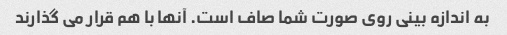
به اندازه بینی روی صورت شما صاف است. آنها با هم قرار می گذارند